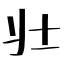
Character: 壮